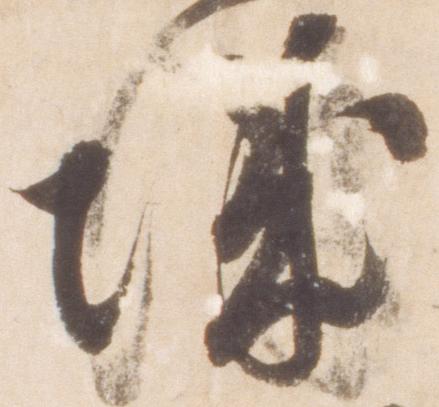
城